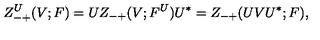
Z _ { - + } ^ { U } ( V ; F ) = U Z _ { - + } ( V ; F ^ { U } ) U ^ { * } = Z _ { - + } ( U V U ^ { * } ; F ) ,